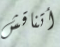
أتناقش